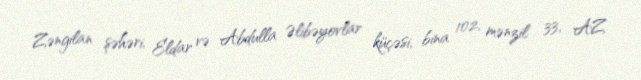
Zəngilan şəhəri, Eldar və Abdulla Əlibəyovlar küçəsi, bina 102, mənzil 33, AZ